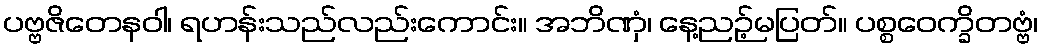
ပဗ္ဗဇိတေနဝါ၊ ရဟန်းသည်လည်းကောင်း။ အဘိဏှံ၊ နေ့ညဉ့်မပြတ်။ ပစ္စဝေက္ခိတဗ္ဗံ၊